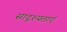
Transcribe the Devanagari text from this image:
सादृश्यताएं